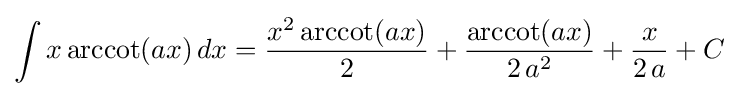
\int x\operatorname {arccot}(ax)\,dx={\frac {x^{2}\operatorname {arccot}(ax)}{2}}+{\frac {\operatorname {arccot}(ax)}{2\,a^{2}}}+{\frac {x}{2\,a}}+C